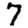
Digit: 7